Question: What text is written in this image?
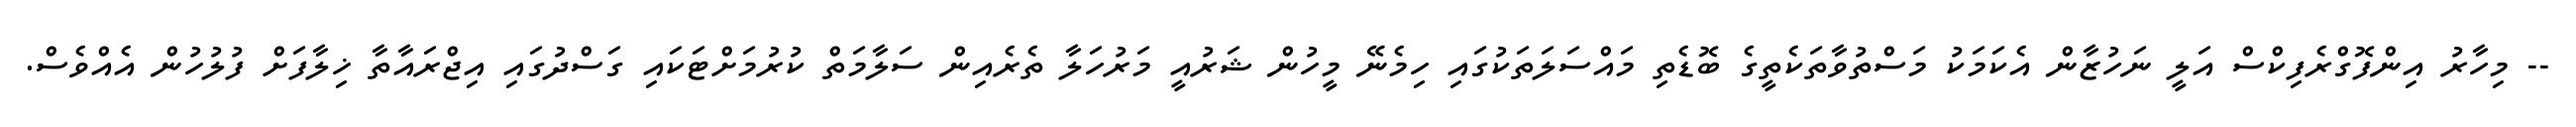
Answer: -- މިހާރު އިންފޮގްރެފިކްސް އަލީ ނަހުޒާން އެކަމަކު މަސްތުވާތަކެތީގެ ބޮޑެތި މައްސަލަތަކުގައި ހިމެނޭ މީހުން ޝަރުއީ މަރުހަލާ ތެރެއިން ސަލާމަތް ކުރުމަށްޓަކައި ގަސްދުގައި އިޖްރައާތާ ޚިލާފަށް ފުލުހުން އެއްވެސް.